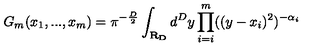
G _ { m } ( x _ { 1 } , . . . , x _ { m } ) = \pi ^ { - \frac { D } { 2 } } \int _ { \bf { R } _ { D } } d ^ { D } y \prod _ { i = i } ^ { m } ( ( y - x _ { i } ) ^ { 2 } ) ^ { - \alpha _ { i } }